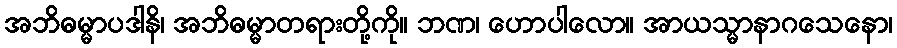
အဘိဓမ္မာပဒါနိ၊ အဘိဓမ္မာတရားတို့ကို။ ဘဏ၊ ဟောပါလော။ အာယသ္မာနာဂသေနော၊